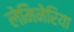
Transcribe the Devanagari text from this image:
लेमिनेरिया